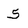
Character: 5